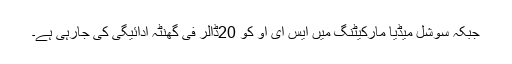
جبکہ سوشل میڈیا مارکیٹنگ میں ایس ای او کو 20ڈالر فی گھنٹہ ادائیگی کی جارہی ہے۔